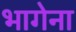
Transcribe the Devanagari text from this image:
भागेना